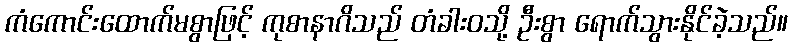
ကံကောင်းထောက်မစွာဖြင့် ကုစာနာဂိသည် တံခါးဝသို့ ဦးစွာ ရောက်သွားနိုင်ခဲ့သည်။